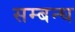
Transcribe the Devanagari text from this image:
सम्बन्घ